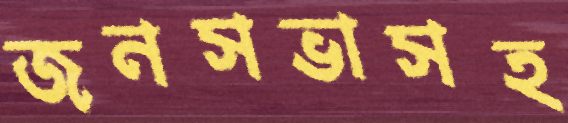
জনসভাসহ